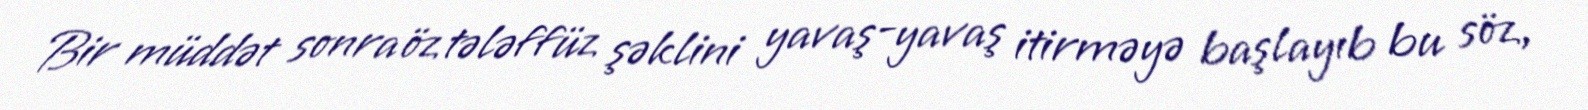
Bir müddət sonra öz tələffüz şəklini yavaş-yavaş itirməyə başlayıb bu söz,